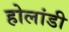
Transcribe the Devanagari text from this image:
होलांडी